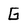
Character: G